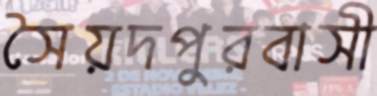
সৈয়দপুরবাসী